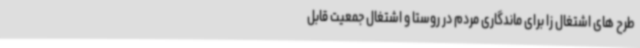
طرح های اشتغال زا برای ماندگاری مردم در روستا و اشتغال جمعیت قابل